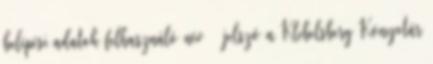
belépési adatok felhasználó név jelszó a Klebelsberg Könyvtár